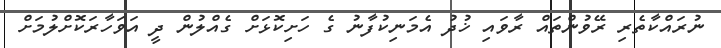
ނުރައްކާތެރި ރޭވުންތައް ރާވައި ޚުދު އެމަނިކުފާނު ގެ ހަށިކޮޅަށް ގެއްލުން ދީ އަވަހާރަކޮށްލުމަށް